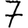
Digit: 7